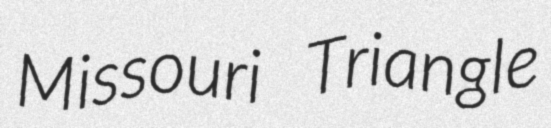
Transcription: Missouri Triangle